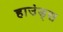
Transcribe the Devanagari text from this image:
हाउंड्स